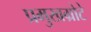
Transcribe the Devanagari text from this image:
प्रमुखग्रोटे